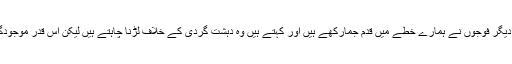
انہوں نے مزید کہا کہ رانسیسی، امریکی، کینیڈین، جرمن اور دیگر فوجوں نے ہمارے خطے میں قدم جمارکھے ہیں اور کہتے ہیں وہ دہشت گردی کے خلاف لڑنا چاہتے ہیں لیکن اس قدر موجودگی کے باوجود دہشت گر گروپ مضبوط تر ہوتے جارہے ہیں۔